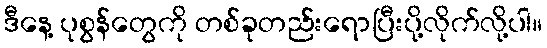
ဒီနေ့ ပုစွန်တွေကို တစ်ခုတည်းရောပြီးပို့လိုက်လို့ပါ။